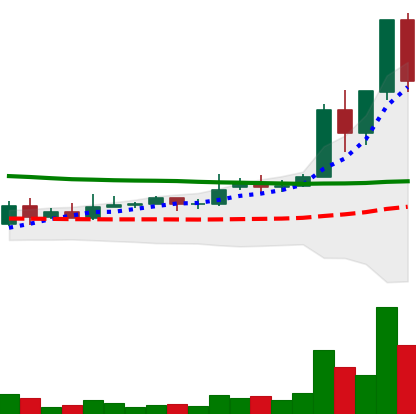
Ticker: DOGE-USD
Chart end date: 2020-11-25
Forward return: -4.722%
Label: down_3_5